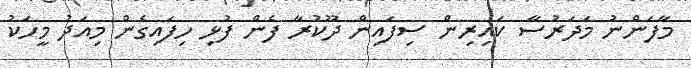
މާފަންނު މަދަރުސާ ކައިރިން ސިފައިން ދޫކުރާ ފެން ފުޅި ހިފައިގެން މިއަދު މީހަކު